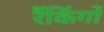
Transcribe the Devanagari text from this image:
रैंकिंगों